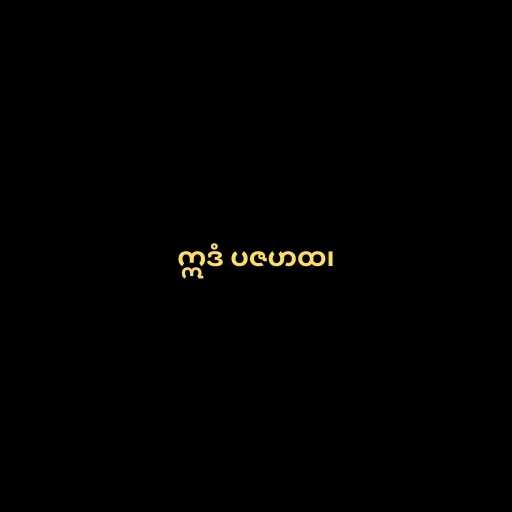
ဣဒံ ပဇဟထ၊